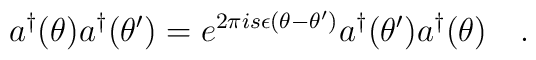
a^{\dagger }(\theta )a^{\dagger }(\theta ^{\prime })=e^{2\pi is\epsilon(\theta -\theta ^{\prime })}a^{\dagger }(\theta ^{\prime })a^{\dagger}(\theta )\quad .